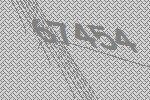
67454